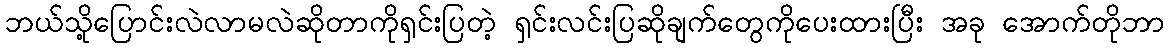
ဘယ်သို့ပြောင်းလဲလာမလဲဆိုတာကိုရှင်းပြတဲ့ ရှင်းလင်းပြဆိုချက်တွေကိုပေးထားပြီး အခု အောက်တိုဘာ